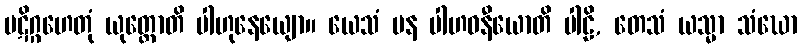
ပဋိဂ္ဂဟေတုံ ယုတ္တောတိ ပါဟုနေယျော။ ယေသံ ပန ပါဟဝနီယောတိ ပါဠိ, တေသံ ယသ္မာ သံဃော